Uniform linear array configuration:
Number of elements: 48
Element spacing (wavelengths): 0.75
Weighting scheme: hann
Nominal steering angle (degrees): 30
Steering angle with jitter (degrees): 28.838
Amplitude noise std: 0.05
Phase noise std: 0.05

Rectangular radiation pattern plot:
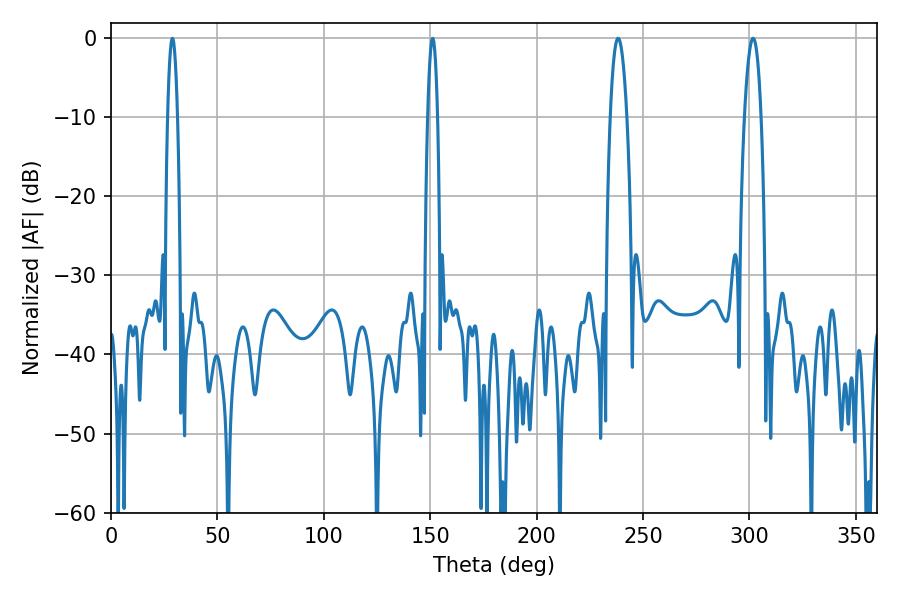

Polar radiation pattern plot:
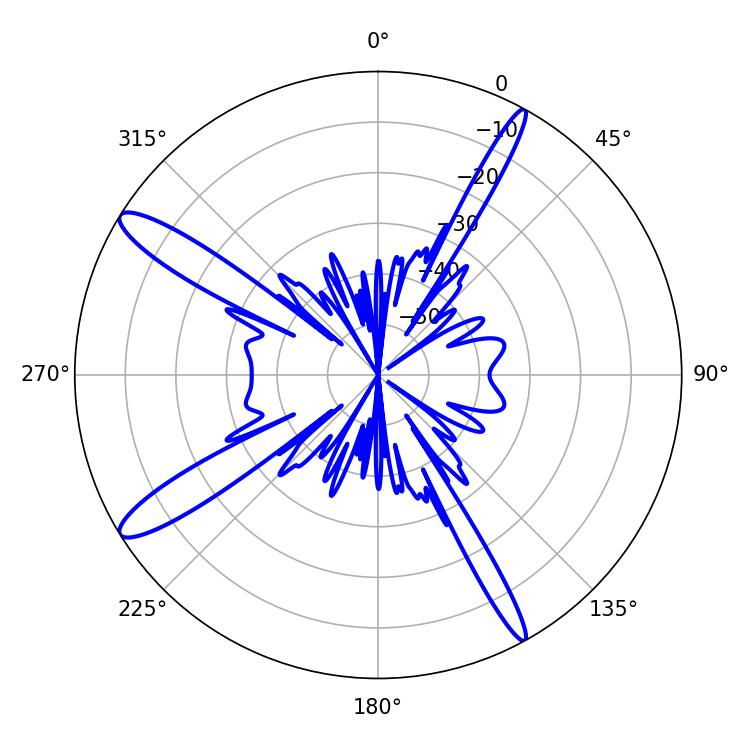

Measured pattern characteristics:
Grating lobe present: TRUE
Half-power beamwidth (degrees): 4.32
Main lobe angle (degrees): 238.32